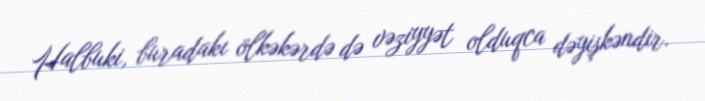
Halbuki, buradakı ölkəkərdə də vəziyyət olduqca dəyişkəndir.